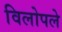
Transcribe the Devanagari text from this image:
विलोपले